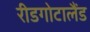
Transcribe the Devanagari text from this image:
रीडगोटालैंड